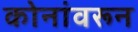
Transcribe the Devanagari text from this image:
कोनांवरून